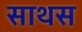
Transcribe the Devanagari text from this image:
साथस